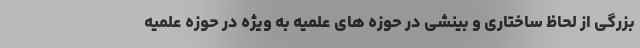
بزرگی از لحاظ ساختاری و بینشی در حوزه های علمیه به ویژه در حوزه علمیه